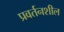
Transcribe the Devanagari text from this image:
प्रवर्तनशील